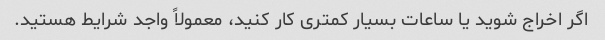
اگر اخراج شوید یا ساعات بسیار کمتری کار کنید، معمولاً واجد شرایط هستید.